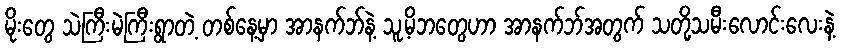
မိုးတွေ သဲကြီးမဲကြီးရွာတဲ့ တစ်နေ့မှာ အာနက်ဘ်နဲ့ သူ့မိဘတွေဟာ အာနက်ဘ်အတွက် သတို့သမီးလောင်းလေးနဲ့